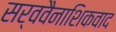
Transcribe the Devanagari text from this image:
सर्ववैनाशिकवाद